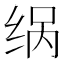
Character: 𮉨